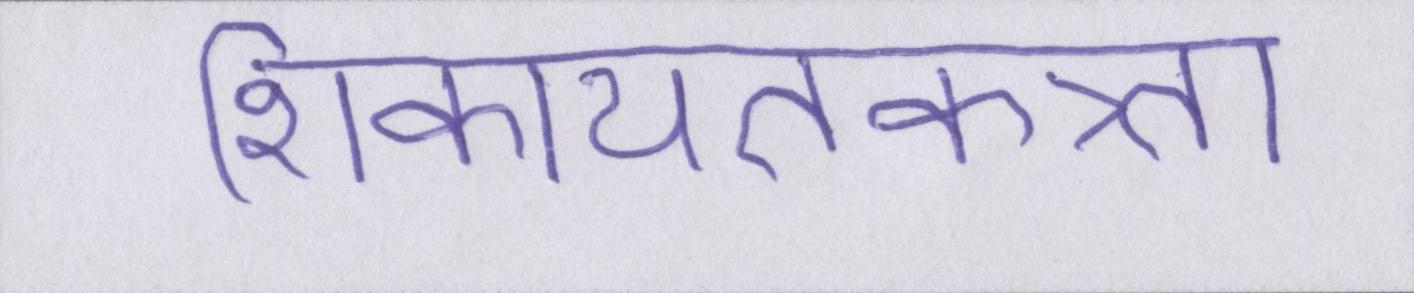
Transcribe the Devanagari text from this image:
शिकायतकत्र्ता